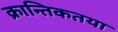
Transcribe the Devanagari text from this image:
क्रान्तिकतया